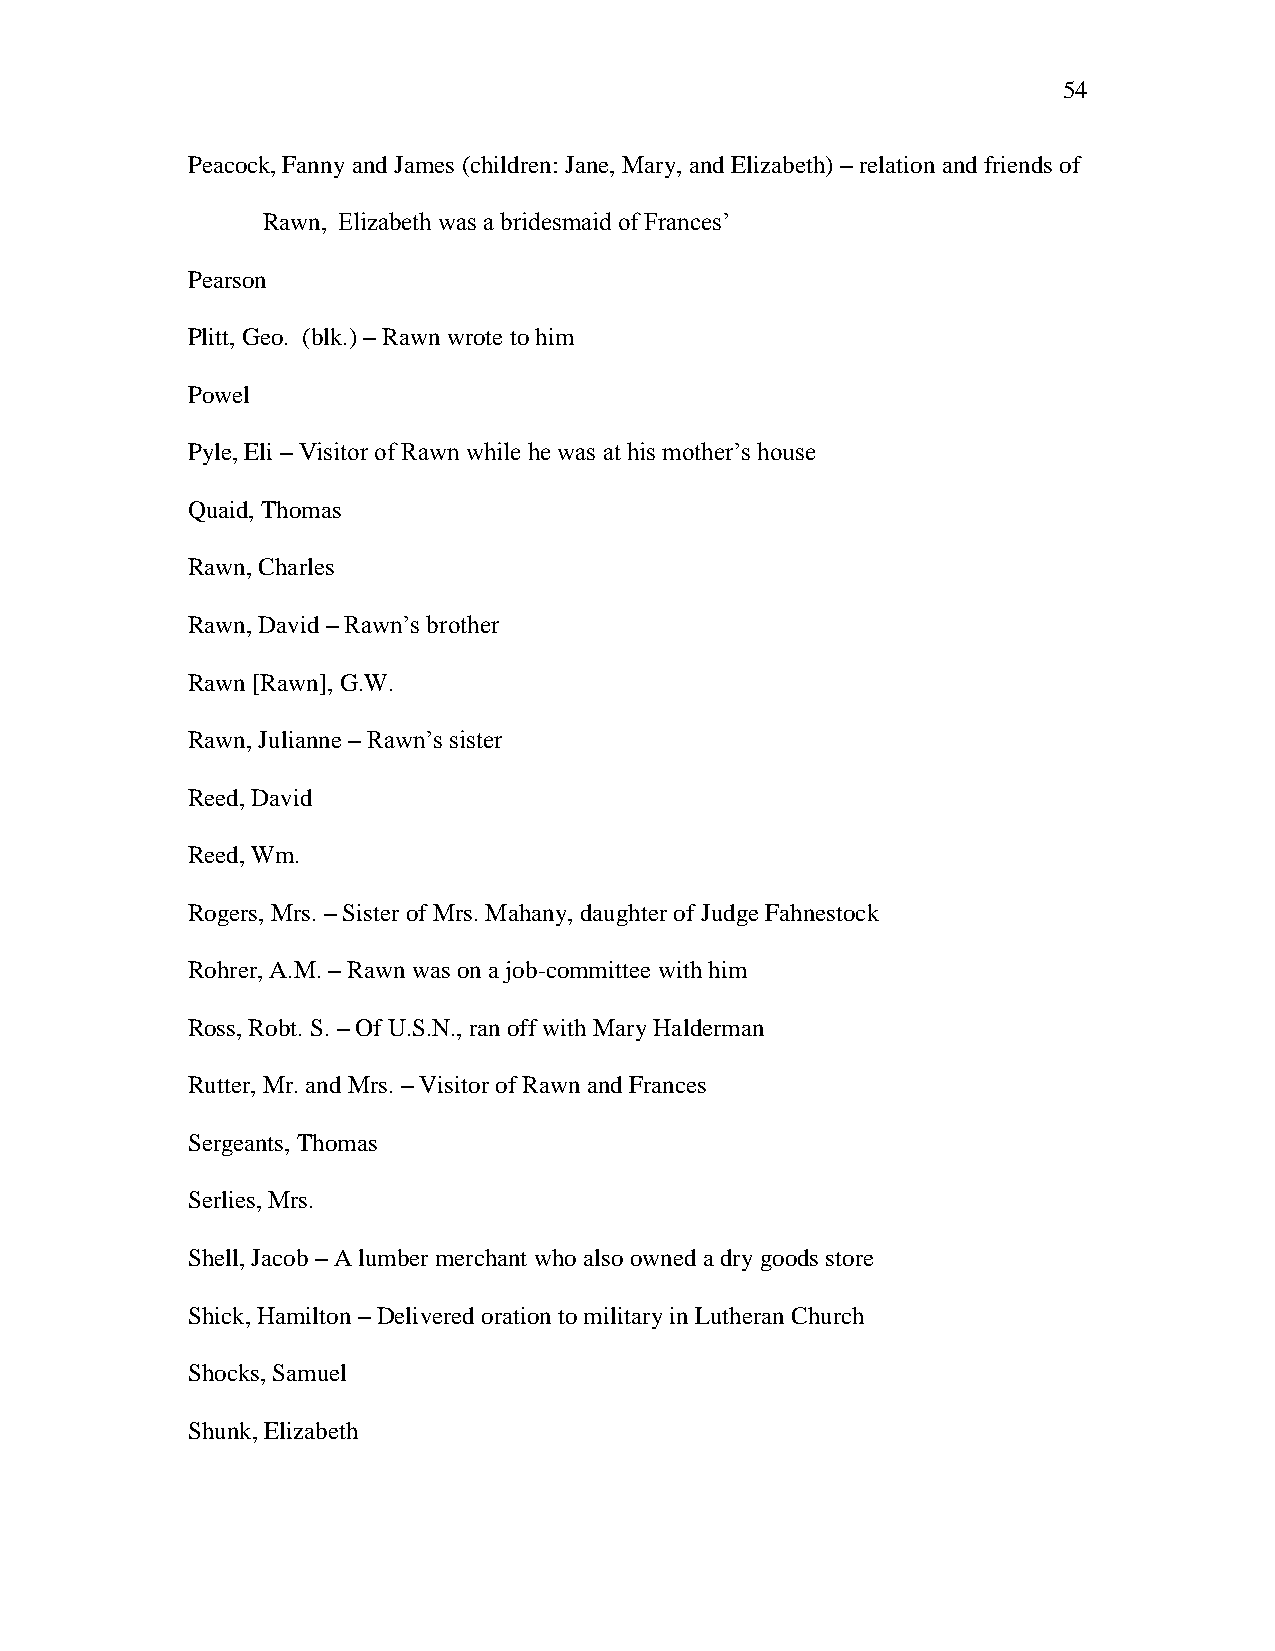
54
 Peacock, Fanny and James (children: Jane, Mary, and Elizabeth) – relation and friends of
 Rawn, Elizabeth was a bridesmaid of Frances‘
 Pearson
 Plitt, Geo. (blk.) – Rawn wrote to him
 Powel
 Pyle, Eli – Visitor of Rawn while he was at his mother‘s house
 Quaid, Thomas
 Rawn, Charles
 Rawn, David – Rawn‘s brother
 Rawn [Rawn], G.W.
 Rawn, Julianne – Rawn‘s sister
 Reed, David
 Reed, Wm.
 Rogers, Mrs. – Sister of Mrs. Mahany, daughter of Judge Fahnestock
 Rohrer, A.M. – Rawn was on a job-committee with him
 Ross, Robt. S. – Of U.S.N., ran off with Mary Halderman
 Rutter, Mr. and Mrs. – Visitor of Rawn and Frances
 Sergeants, Thomas
 Serlies, Mrs.
 Shell, Jacob – A lumber merchant who also owned a dry goods store
 Shick, Hamilton – Delivered oration to military in Lutheran Church
 Shocks, Samuel
 Shunk, Elizabeth